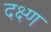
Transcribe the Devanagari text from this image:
दक्ष्ण